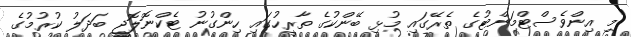
"މި އިންވެސްޓްމަންޓުގެ ތެރޭގައި މުޅި ބޭންކުގެ ތާރީހުގައި ހިންގުނު ޓެކްނޮލޮޖީ ބަދަލު ކުރުމުގެ